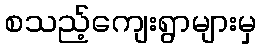
စသည့်ကျေးရွာများမှ